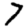
Digit: 7